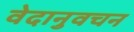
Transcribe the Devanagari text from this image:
वेदानुवचन